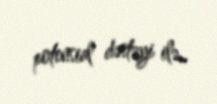
potensial dəstəyi ilə..